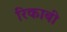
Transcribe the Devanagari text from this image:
रिकाबी